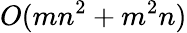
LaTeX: O(mn^{2}+m^{2}n)